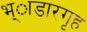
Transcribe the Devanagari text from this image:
भ्ाडारगृह